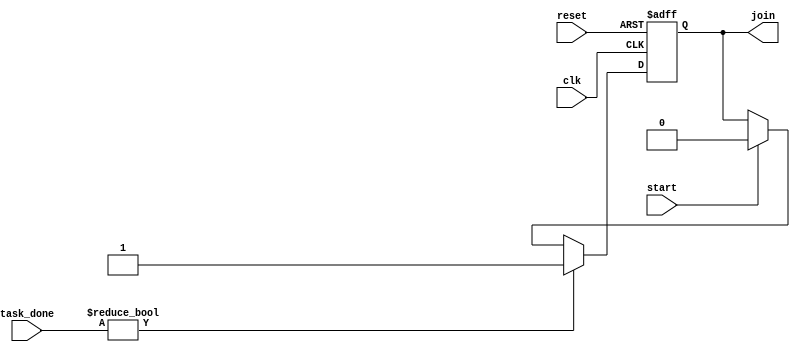
module ForkJoinAny #(
    parameter NUM_TASKS = 4  // Number of concurrent tasks
)(
    input wire clk,                     // Clock signal
    input wire reset,                   // Reset signal
    input wire start,                   // Start signal to initiate tasks
    input wire [NUM_TASKS-1:0] task_done, // Task completion signals
    output reg join                     // Join signal indicating any task completion
);

    // Internal state to track if any task has completed
    reg task_completed;

    always @(posedge clk or posedge reset) begin
        if (reset) begin
            join <= 0;                   // Clear join signal on reset
            task_completed <= 0;         // Clear task completed flag
        end else begin
            if (start) begin
                join <= 0;               // Reset join signal on start
                task_completed <= 0;     // Reset task completed flag
            end
            
            // Monitor task completion signals
            if (task_done != 0) begin
                task_completed <= 1;      // At least one task has completed
                join <= 1;                // Assert join signal
            end
            
            // Optionally, you can add logic to clear the join signal after some condition
            // For example, if you want to wait for the next start signal to reset join
            // Uncomment the following line if needed:
            // if (start) join <= 0; // Reset join signal when a new start is received
        end
    end

endmodule